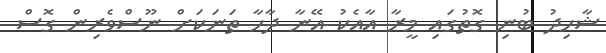
ޝާހިދު ބުނި ގޮތުގައި މީރާ އާއެކު އޭނާ ދާހާ ތަނަކަށް ނޫސްވެރިން ގޮސް